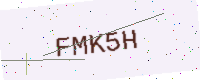
Text: FMK5H